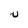
Character: u